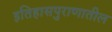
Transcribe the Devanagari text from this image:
इतिहासपुराणातील